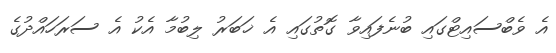
އެ ވެބްސައިޓްގައި ބުނެފައިވާ ގޮތުގައި އެ ޚަބަރު ލިބުމާ އެކު އެ ސަރަހައްދުގެ